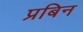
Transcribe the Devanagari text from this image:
प्रबिन